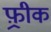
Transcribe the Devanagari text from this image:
फ़्रीक